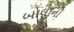
બાલાનો